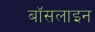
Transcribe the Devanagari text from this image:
बॉसलाइन